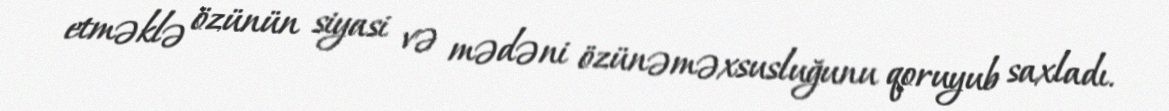
etməklə özünün siyasi və mədəni özünəməxsusluğunu qoruyub saxladı.